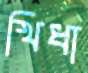
খিধা